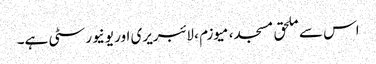
اس سے ملحق مسجد، میوزم ، لائبریری اور یونیورسٹی ہے۔